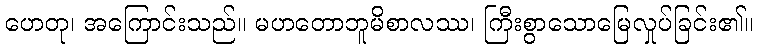
ဟေတု၊ အကြောင်းသည်။ မဟတောဘူမိစာလဿ၊ ကြီးစွာသောမြေလှုပ်ခြင်း၏။